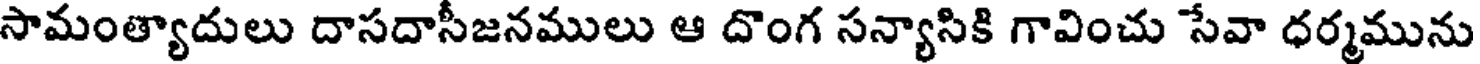
సామంత్యాదులు దాసదాసీజనములు ఆ దొంగ సన్యాసికి గావించు సేవా ధర్మమును